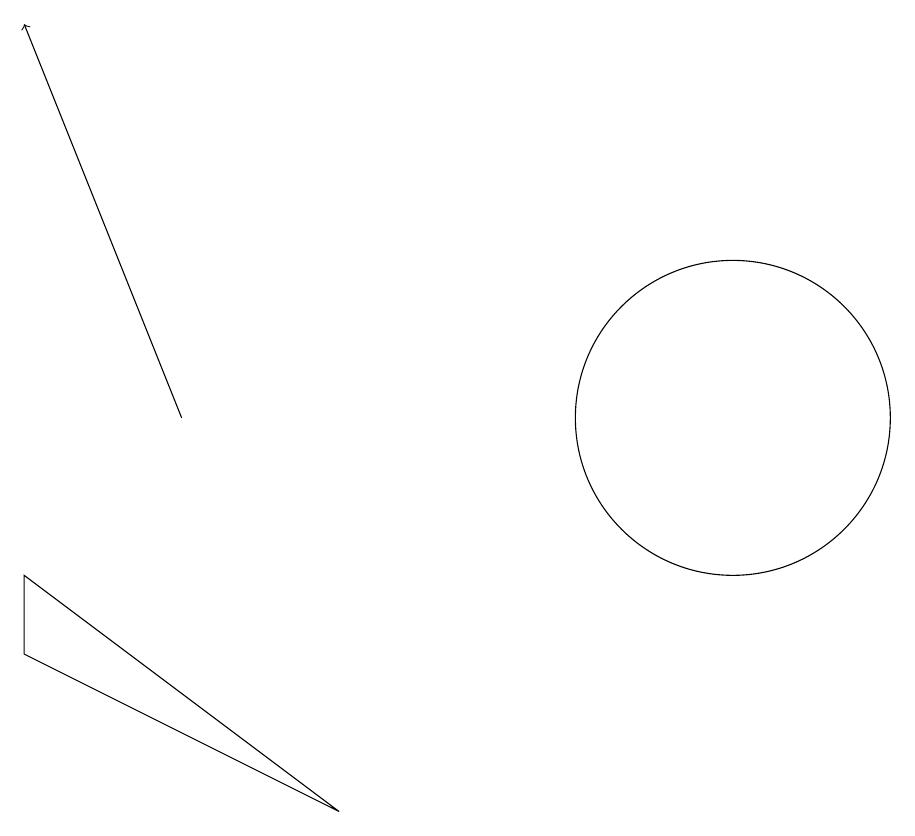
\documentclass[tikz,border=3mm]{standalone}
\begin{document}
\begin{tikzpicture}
\draw (11,10) circle (2);
\draw (2,8) -- (6,5) -- (2,7) -- cycle;
\draw[->] (4,10) -- (2,15);
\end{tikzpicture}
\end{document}